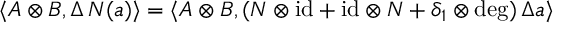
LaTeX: \langle A \otimes B , \Delta \, N ( a ) \rangle = \langle A \otimes B , ( N \otimes \mathrm { i d } + \mathrm { i d } \otimes N + \delta _ { 1 } \otimes \deg ) \, \Delta a \rangle